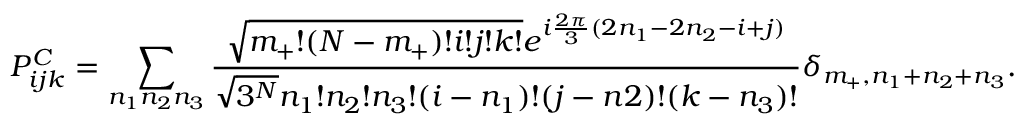
P _ { i j k } ^ { C } = \sum _ { n _ { 1 } n _ { 2 } n _ { 3 } } \frac { \sqrt { m _ { + } ! ( N - m _ { + } ) ! i ! j ! k ! } e ^ { i \frac { 2 \pi } { 3 } ( 2 n _ { 1 } - 2 n _ { 2 } - i + j ) } } { \sqrt { 3 ^ { N } } n _ { 1 } ! n _ { 2 } ! n _ { 3 } ! ( i - n _ { 1 } ) ! ( j - n 2 ) ! ( k - n _ { 3 } ) ! } \delta _ { m _ { + } , n _ { 1 } + n _ { 2 } + n _ { 3 } } .